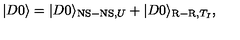
| D 0 \rangle = | D 0 \rangle _ { \mathrm { N S - N S } , U } + | D 0 \rangle _ { \mathrm { R - R } , T _ { I } } ,